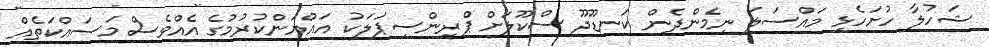
ޝަހުލާ ހުށަހެޅި މައްސަލަ ނިމެންދެން ކަނޑޫދޫ ސްކޫލަށް ޕްރިންސިޕަލަކު އައްޔަންކުރުމުގެ އެއްވެސް މަސައްކަތެއް